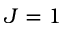
J = 1